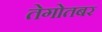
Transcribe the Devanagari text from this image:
तेगोतबर